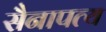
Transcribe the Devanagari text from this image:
सैनापत्य